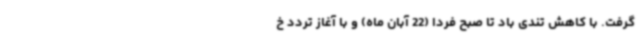
گرفت. با کاهش تندی باد تا صبح فردا (22 آبان ماه) و با آغاز تردد خ